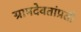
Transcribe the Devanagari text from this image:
ग्रामदेवतांप्रती